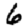
Digit: 6